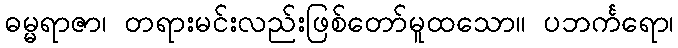
ဓမ္မရာဇာ၊ တရားမင်းလည်းဖြစ်တော်မူထသော။ ပဘင်္ကရော၊